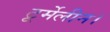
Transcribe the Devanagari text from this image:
टूर्मेलीन।